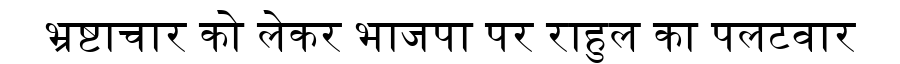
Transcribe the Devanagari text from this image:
भ्रष्टाचार को लेकर भाजपा पर राहुल का पलटवार